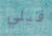
فيلي